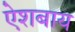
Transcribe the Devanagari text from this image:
ऐशबाय